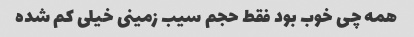
همه چی خوب بود فقط حجم سیب زمینی خیلی کم شده